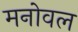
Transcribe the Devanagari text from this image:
मनोवल